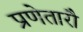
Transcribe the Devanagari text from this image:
प्रणेतारौ